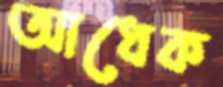
আধেক